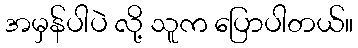
အမှန်ပါပဲ လို့ သူက ပြောပါတယ်။